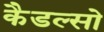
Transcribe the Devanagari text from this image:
कैडल्सो